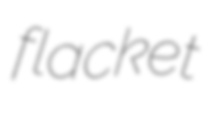
flacket